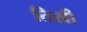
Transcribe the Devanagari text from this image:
तिस्री